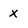
Character: x